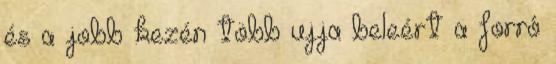
és a jobb kezén több ujja beleért a forró